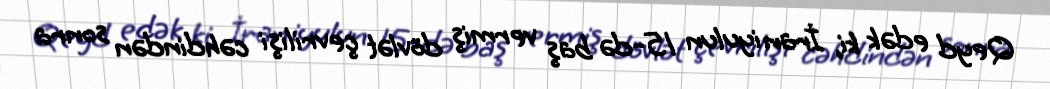
Qeyd edək ki, İran iyulun 15-də baş vermiş dövlət çevrilişi cəhdindən sonra